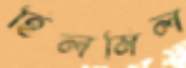
হিলমিল